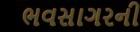
ભવસાગરની